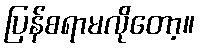
ပြန်စရာမလိုတော့။